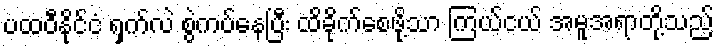
ပထဝီနိုင်ငံ ရှက်လဲ စွဲကပ်နေပြီး ထိခိုက်စေဖို့သာ ကြယ်ငယ် အမူအရာတို့သည်